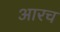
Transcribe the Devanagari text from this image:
आरच